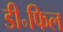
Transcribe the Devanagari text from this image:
डी॰फिल